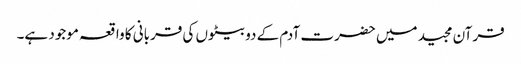
قرآن مجید میں حضرت آدم کے دو بیٹوں کی قربانی کا واقعہ موجود ہے۔